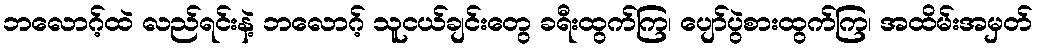
ဘလောဂ့်ထဲ လည်ရင်းနဲ့ ဘလောဂ့် သူငယ်ချင်းတွေ ခရီးထွက်ကြ၊ ပျော်ပွဲစားထွက်ကြ၊ အထိမ်းအမှတ်